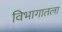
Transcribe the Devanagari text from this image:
विभागातला